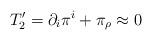
LaTeX: \begin{align*}T_2' = \partial_i\pi^i + \pi_\rho \approx 0 \end{align*}